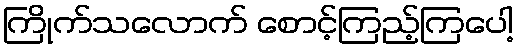
ကြိုက်သလောက် စောင့်ကြည့်ကြပေါ့